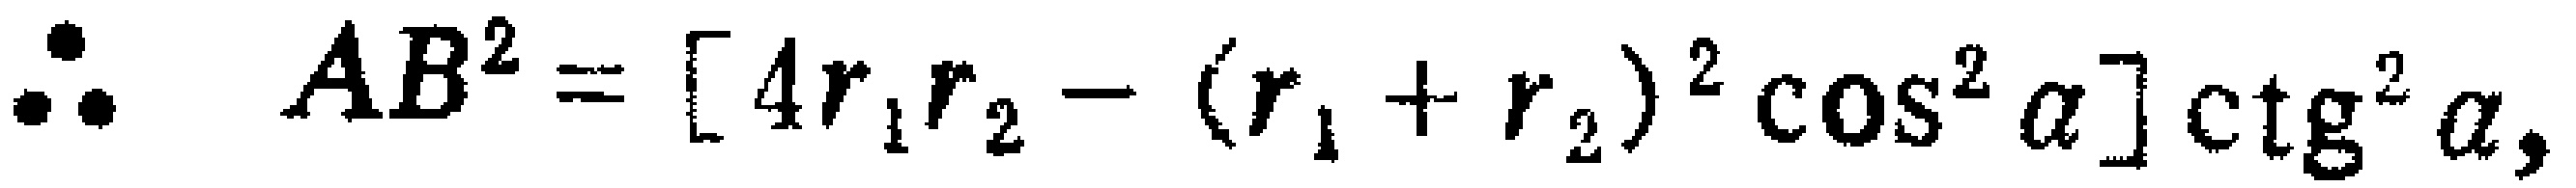
\(\therefore AB^{2}=[4r_{1}r_{2}-(r_{1} + r_{2})^{2}\cos^{2}\alpha]\ctg^{2}\alpha,\)